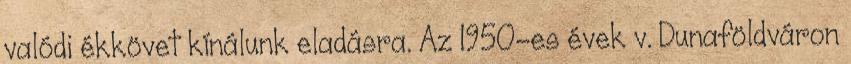
valódi ékkövet kínálunk eladásra. Az 1950-es évek v. Dunaföldváron